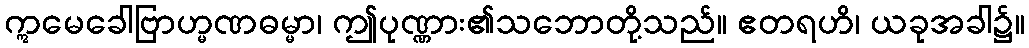
ဣမေခေါဗြာဟ္မဏဓမ္မာ၊ ဤပုဏ္ဏား၏သဘောတို့သည်။ ဧတရဟိ၊ ယခုအခါ၌။